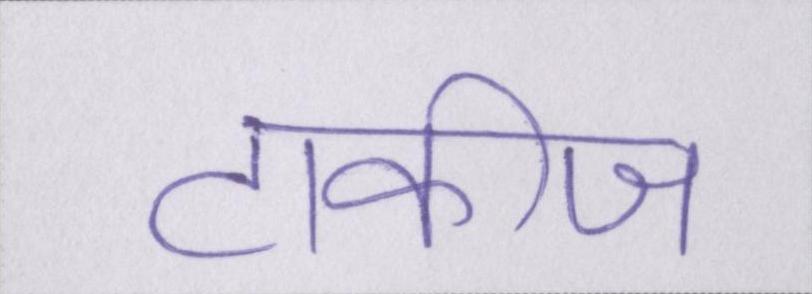
टाकीज